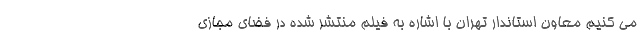
می کنیم معاون استاندار تهران با اشاره به فیلم منتشر شده در فضای مجازی